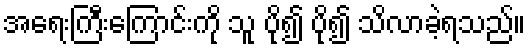
အရေးကြီးကြောင်းကို သူ ပို၍ ပို၍ သိလာခဲ့ရသည်။